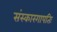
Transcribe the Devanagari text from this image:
संस्कारगापतिः